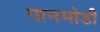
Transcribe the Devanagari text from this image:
पानमोडी